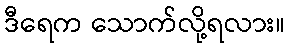
ဒီရေက သောက်လို့ရလား။